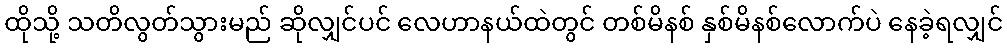
ထိုသို့ သတိလွတ်သွားမည် ဆိုလျှင်ပင် လေဟာနယ်ထဲတွင် တစ်မိနစ် နှစ်မိနစ်လောက်ပဲ နေခဲ့ရလျှင်